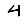
Digit: 4